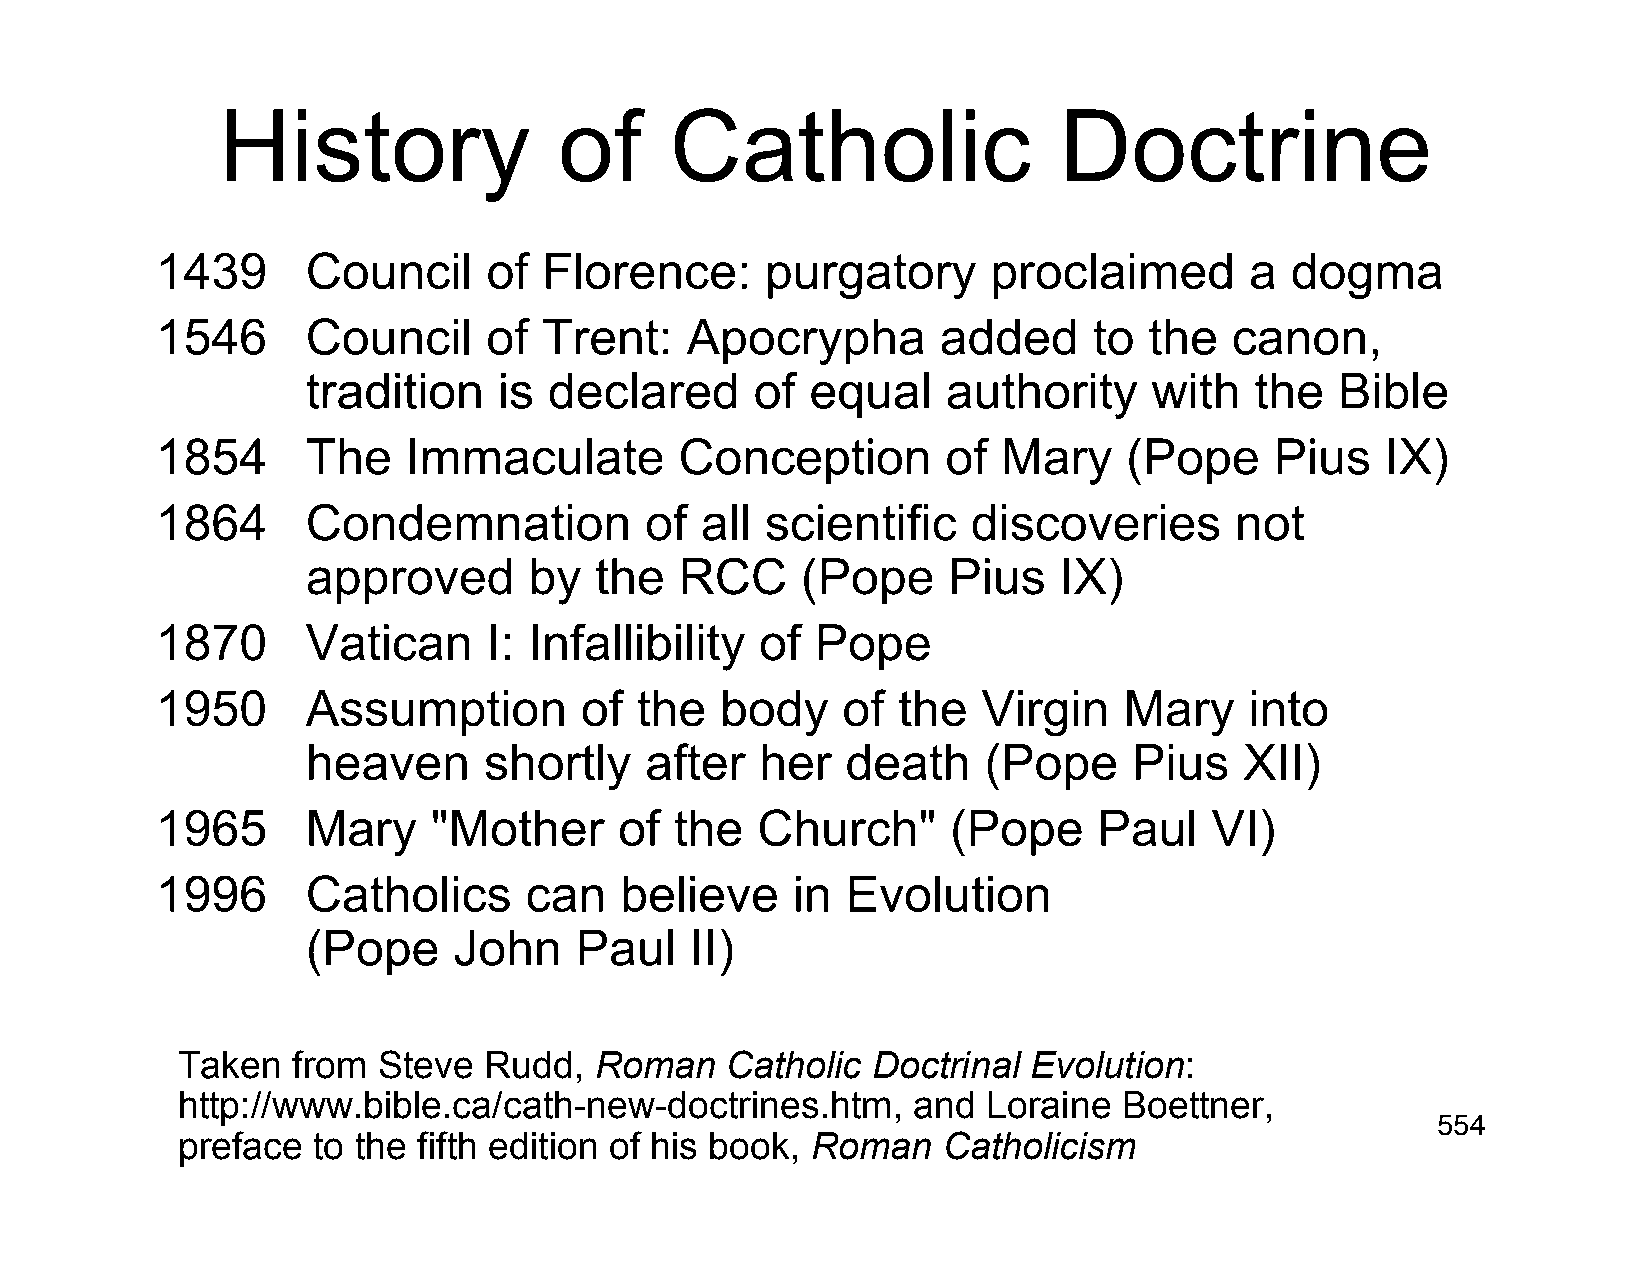
History                of     Catholic                  Doctrine
 1439      Council     of  Florence:      purgatory      proclaimed       a dogma
 1546      Council     of  Trent:   Apocrypha        added     to  the   canon,
 tradition    is declared      of  equal    authority    with   the   Bible
 1854      The    Immaculate        Conception        of Mary     (Pope    Pius    IX)
 1864      Condemnation           of all  scientific   discoveries       not
 approved       by  the   RCC     (Pope     Pius   IX)
 1870      Vatican     I: Infallibility  of  Pope
 1950      Assumption        of  the   body    of the   Virgin   Mary     into
 heaven      shortly    after  her   death    (Pope     Pius   XII)
 1965      Mary     "Mother     of  the  Church"      (Pope     Paul   VI)
 1996      Catholics      can   believe    in  Evolution
 (Pope     John    Paul    II)
 Taken  from  Steve  Rudd,  Roman    Catholic  Doctrinal Evolution:
 http://www.bible.ca/cath-new-doctrines.htm,     and  Loraine  Boettner,
 554
 preface  to the fifth edition of his book, Roman  Catholicism